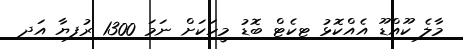
މާލެ ކޫއްޑޫ އެއްކޮޅު ޓިކެޓް ބޮޑު މީހަކަށް ނަމަ 1300 ރުފިޔާ އަދި